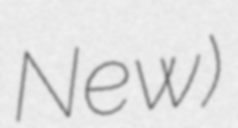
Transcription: New)